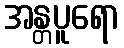
အန္တပူရော